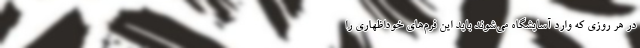
در هر روزی که وارد آسایشگاه می‌شوند باید این فرم‌های خوداظهاری را